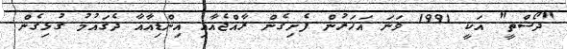
"ދޯސްތީ" އަކީ 1991 ވަނަ އަހަރުން ފެށިގެން ރާއްޖެއާއި އިންޑިއާއާ ދެގައުމު ގުޅިގެން